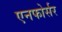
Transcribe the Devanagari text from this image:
एनफोर्सर